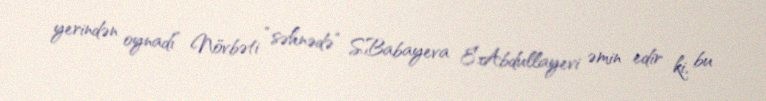
yerindən oynadı” Növbəti “səhnədə” S.Babayeva E.Abdullayevi əmin edir ki, bu